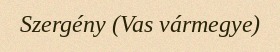
Szergény (Vas vármegye)